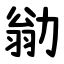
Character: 勜